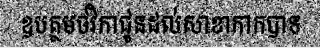
ឧបត្ថមថវិកាជូនដល់សាខាកាកបាទ